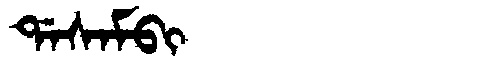
Manchu: ᡩᠠᠰᠠᠮᠪᡳ
Romanization: DASAMBI